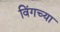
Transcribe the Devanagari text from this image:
विंगच्या